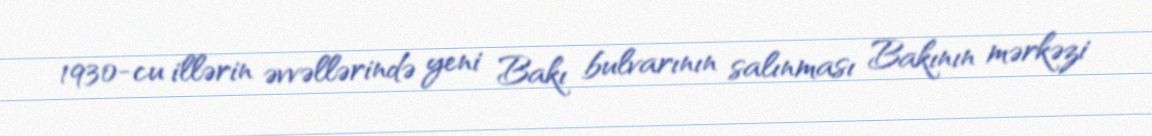
1930-cu illərin əvvəllərində yeni Bakı bulvarının salınması Bakının mərkəzi